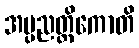
အပ္ပညတ္တိကောတိ